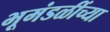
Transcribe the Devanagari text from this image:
भूमंडळींच्या